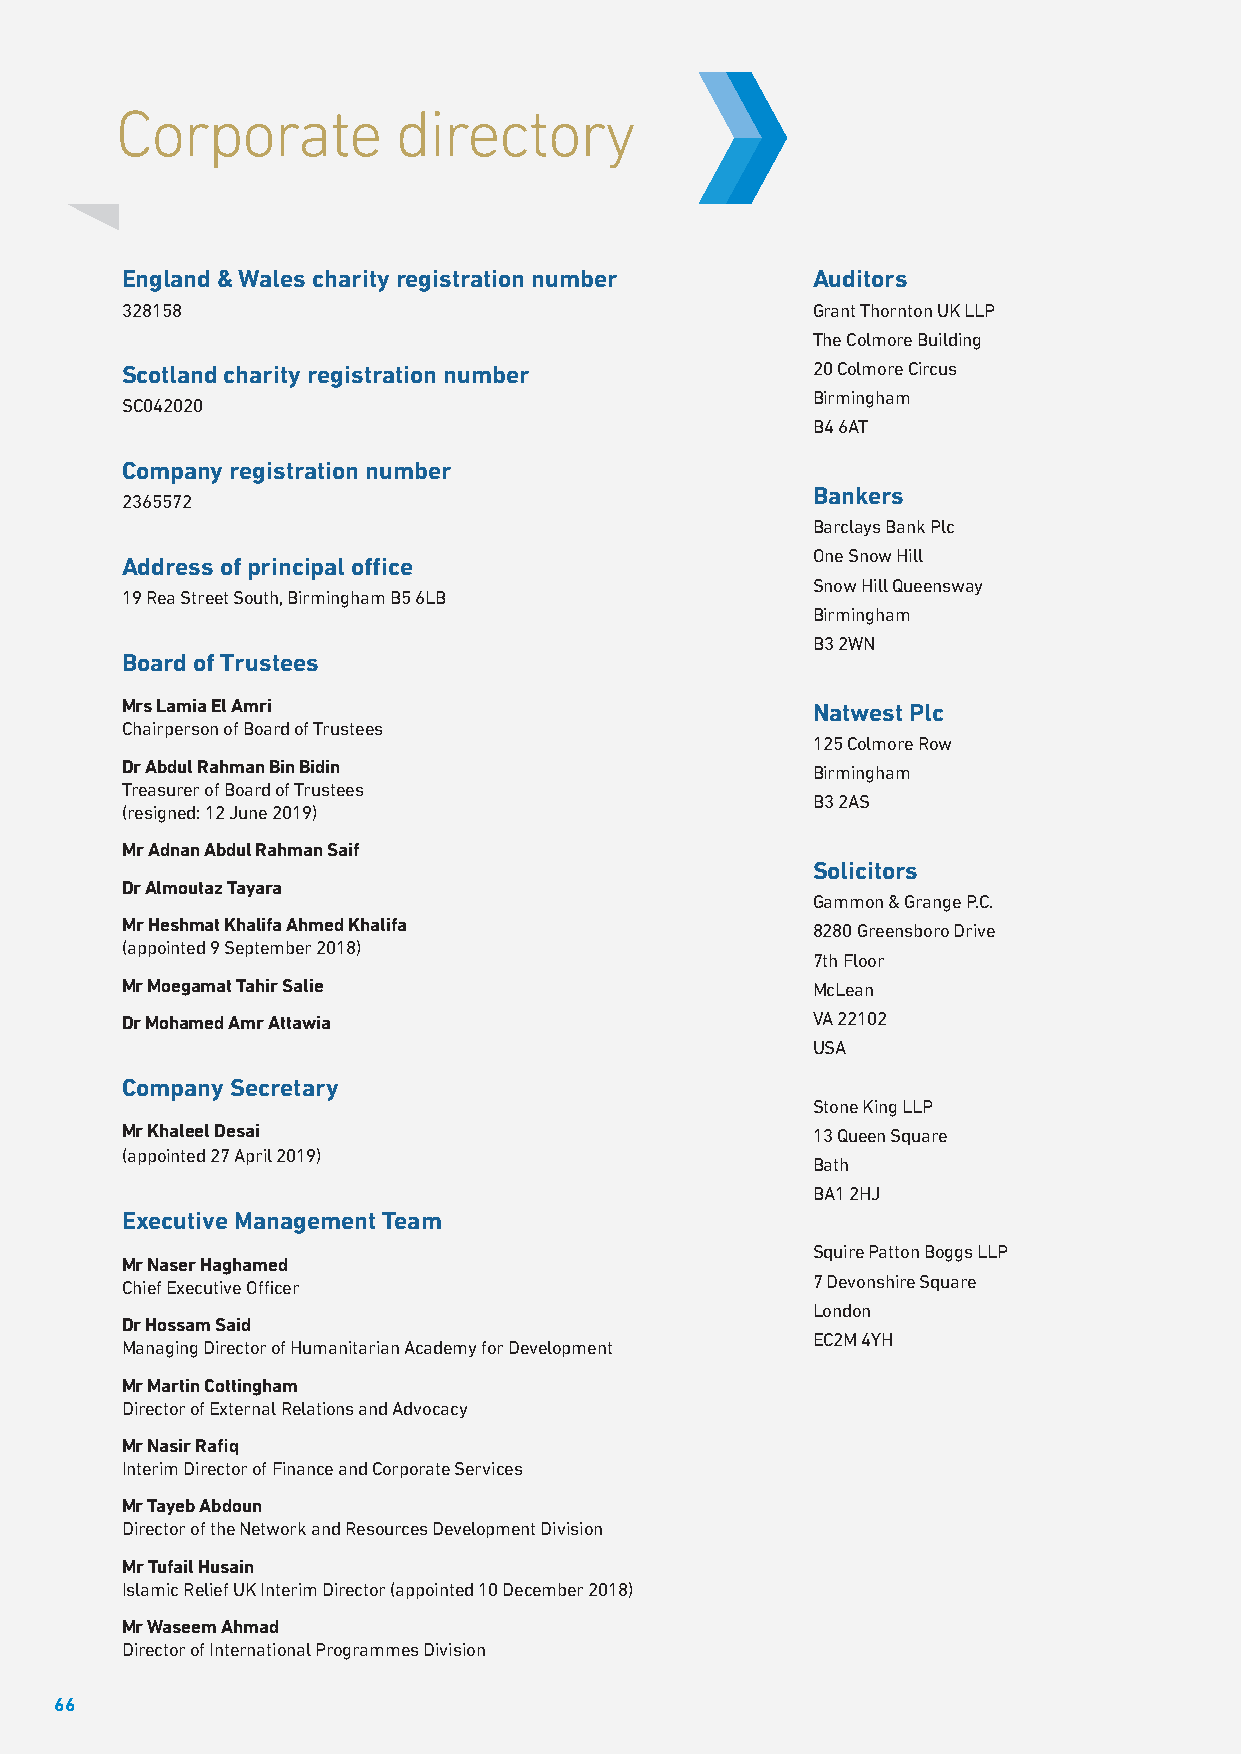
Corporate         directory
 England & Wales charity registration number   Auditors
 328158                                        Grant Thornton UK LLP
 The Colmore Building
 Scotland charity registration number          20 Colmore Circus
 Birmingham
 SC042020
 B4 6AT
 Company registration number
 Bankers
 2365572
 Barclays Bank Plc
 One Snow Hill
 Address of principal office
 Snow Hill Queensway
 19 Rea Street South, Birmingham B5 6LB
 Birmingham
 B3 2WN
 Board of Trustees
 Mrs Lamia El Amri                             Natwest Plc
 Chairperson of Board of Trustees
 125 Colmore Row
 Dr Abdul Rahman Bin Bidin                     Birmingham
 Treasurer of Board of Trustees
 B3 2AS
 (resigned: 12 June 2019)
 Mr Adnan Abdul Rahman Saif
 Solicitors
 Dr Almoutaz Tayara
 Gammon & Grange P.C.
 Mr Heshmat Khalifa Ahmed Khalifa              8280 Greensboro Drive
 (appointed 9 September 2018)
 7th Floor
 Mr Moegamat Tahir Salie                       McLean
 Dr Mohamed Amr Attawia                        VA 22102
 USA
 Company Secretary
 Stone King LLP
 Mr Khaleel Desai                              13 Queen Square
 (appointed 27 April 2019)
 Bath
 BA1 2HJ
 Executive Management Team
 Squire Patton Boggs LLP
 Mr Naser Haghamed
 Chief Executive Officer                       7 Devonshire Square
 London
 Dr Hossam Said
 EC2M 4YH
 Managing Director of Humanitarian Academy for Development
 Mr Martin Cottingham
 Director of External Relations and Advocacy
 Mr Nasir Rafiq
 Interim Director of Finance and Corporate Services
 Mr Tayeb Abdoun
 Director of the Network and Resources Development Division
 Mr Tufail Husain
 Islamic Relief UK Interim Director (appointed 10 December 2018)
 Mr Waseem Ahmad
 Director of International Programmes Division
 66